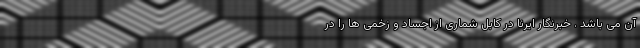
آن می باشد . خبرنگار ایرنا در کابل شماری از اجساد و زخمی ها را در